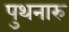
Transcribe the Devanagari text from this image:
पुथनारु